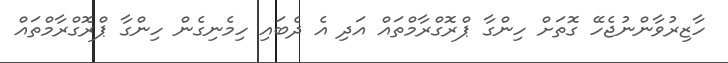
ހާޒިރުވާންނުޖެހޭ ގޮތަށް ހިންގާ ޕްރޮގްރާމްތައް އަދި އެ ދެބައި ހިމެނިގެން ހިންގާ ޕްރޮގްރާމްތައް